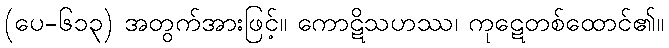
(ပေ-၆၁၃) အတွက်အားဖြင့်။ ကောဋိသဟဿ၊ ကုဋေတစ်ထောင်၏။